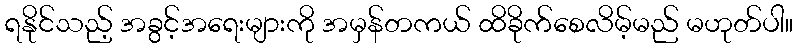
ရနိုင်သည့် အခွင့်အရေးများကို အမှန်တကယ် ထိခိုက်စေလိမ့်မည် မဟုတ်ပါ။